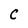
Character: C